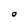
Character: O